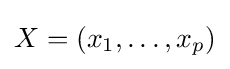
X=(x_{1},\dots ,x_{p})